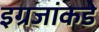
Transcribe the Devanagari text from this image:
इग्रजांकडे